Annual report of the Punjab Veterinary College and of the Civil Veterinary Department, Punjab - 1894-1908
Year: 1894
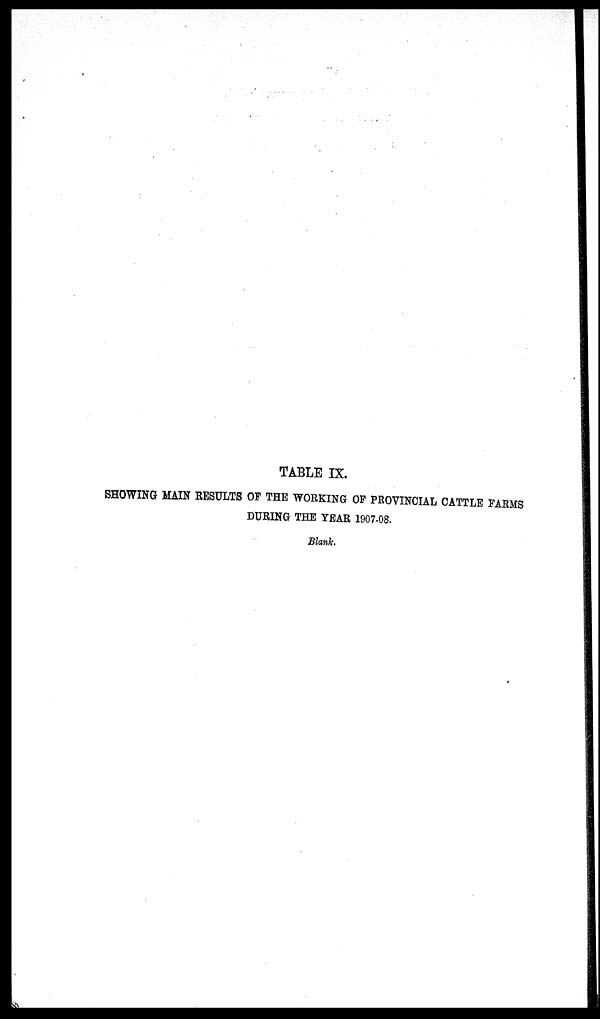
TABLE IX.
SHOWING MAIN RESULTS OF THE WORKING OF PROVINCIAL CATTLE FARMS
DURING THE YEAR 1907-08.
Blank.